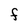
Character: F